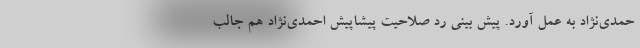
حمدی‌نژاد به عمل آورد. پیش بینی رد صلاحیت پیشاپیش احمدی‌نژاد هم جالب